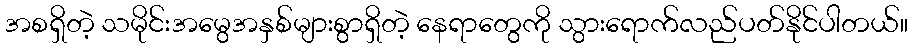
အစရှိတဲ့ သမိုင်းအမွေအနှစ်များစွာရှိတဲ့ နေရာတွေကို သွားရောက်လည်ပတ်နိုင်ပါတယ်။